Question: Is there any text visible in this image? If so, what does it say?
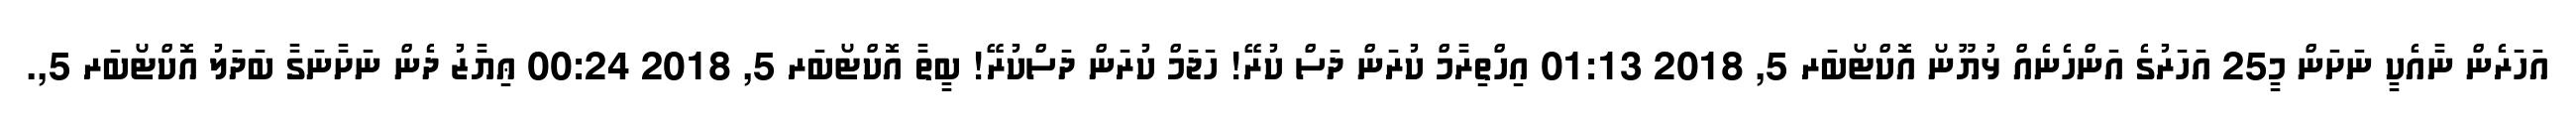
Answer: އަހަރެން ނާއެކީ ނަށަން މީ25 އަހަރުގެ އަންހެނެއް ޅުޔޫނޯ އޮކްޓޯބަރ 5, 2018 01:13 އިހްތިރާމް ކުރަން ދަސް ކުރޭ! ހަޖަމް ކުރަން ދަސްކުރޭ! ބީތާ އޮކްޓޯބަރ 5, 2018 00:24 ޢިޔާޒު ދެން ނަށާނަގާ ބަދަލު އޮކްޓޯބަރ 5,.